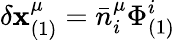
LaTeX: \delta\mathbf{x}_{(1)}^{\mu}=\bar{{n}}_{i}^{\mu}\Phi_{(1)}^{i}